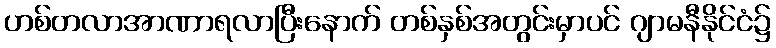
ဟစ်တလာအာဏာရလာပြီးနောက် တစ်နှစ်အတွင်းမှာပင် ဂျာမနီနိုင်ငံ၌